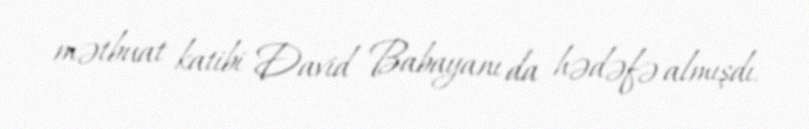
mətbuat katibi David Babayanı da hədəfə almışdı.